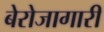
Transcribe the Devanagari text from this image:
बेरोजागारी